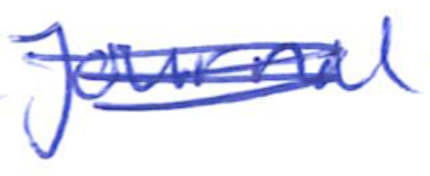
Text: Journal
Cross-out: scratch
Writing tool: ballpoint